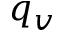
q _ { v }